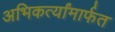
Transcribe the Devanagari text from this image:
अभिकर्त्यांमार्फत